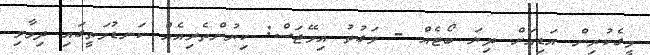
މީގެކުރިން އަޑިއަށް ދިޔަ ބޯޓެއް - ވަގުތު އިމޭޖަސް: ކިޔުންތެރިއެއް ކަނޑުމަތީގައި ދިމާވި